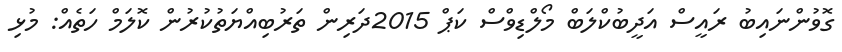
ގޮވުންނައިބު ރައީސް އަދީބުކްލަބް މޯލްޑިވްސް ކަޕް 2015ދަރިން ތަރުބިއްޔަތުކުރުން ކޮލަމް ހަތެއް: މުޅި